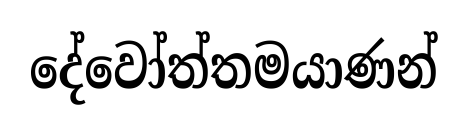
දේවෝත්තමයාණන්